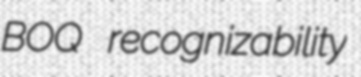
BOQ recognizability